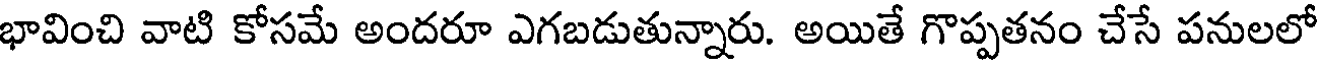
భావించి వాటి కోసమే అందరూ ఎగబడుతున్నారు. అయితే గొప్పతనం చేసే పనులలో